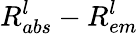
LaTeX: R_{abs}^{l}-R_{em}^{l}